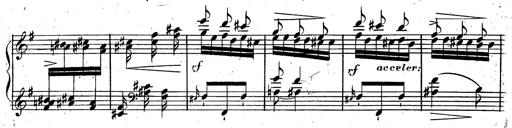
Title: Rondeau fantastique sur un thÃ¨me espagnol
Composer: Franz Liszt